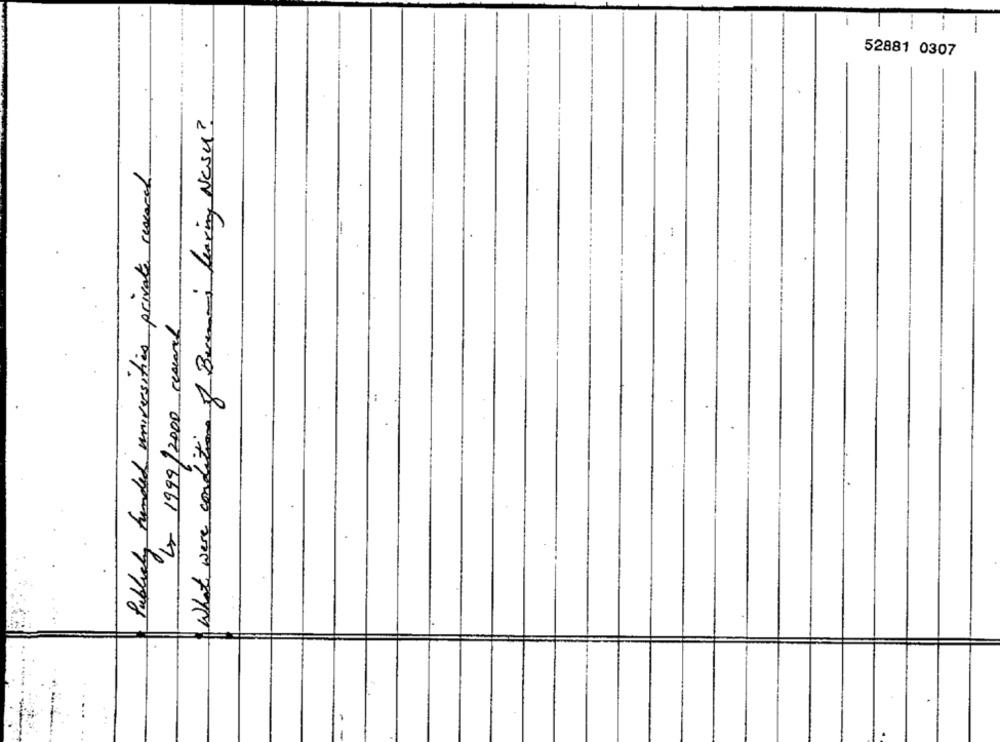
52881 0307
What were condition of Berenmi leaving Nesu?
Publicly handed universities private cescared
-
Lo 1999/2000 research